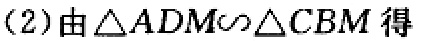
(2)由\(\triangle ADM\sim\triangle CBM\)得